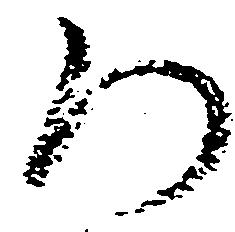
ろ